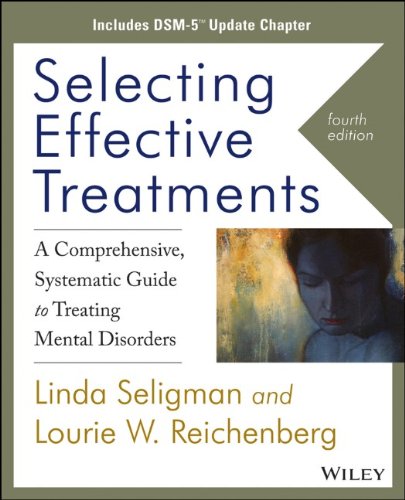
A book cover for Selecting Effective Treatments: A Comprehensive Systematic Guide to Treating Mental Disorders, Includes DSM-5 Update Chapter; Linda Seligman; Medical Books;